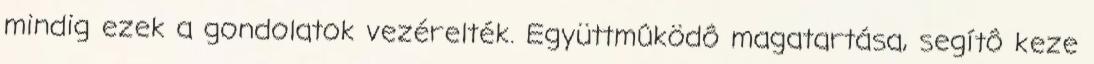
mindig ezek a gondolatok vezérelték. Együttmûködô magatartása, segítô keze